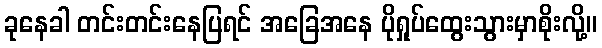
ခုနေခါ တင်းတင်းနေပြရင် အခြေအနေ ပိုရှုပ်ထွေးသွားမှာစိုးလို့။